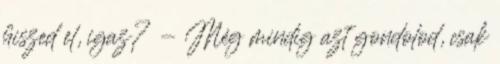
hiszed el, igaz? - Még mindig azt gondolod, csak